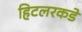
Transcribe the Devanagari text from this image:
हिटलरकडे